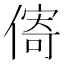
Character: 𪝣